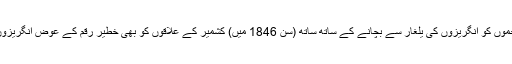
اسطرح گلاب سنگھ اپنی سلطنت جموں کو انگریزوں کی یلغار سے بچانے کے ساتھ ساتھ (سن 1846 میں) کشمیر کے علاقوں کو بھی خطیر رقم کے عوض انگریزوں سے خریدنے میں کامیاب ہوگیا۔